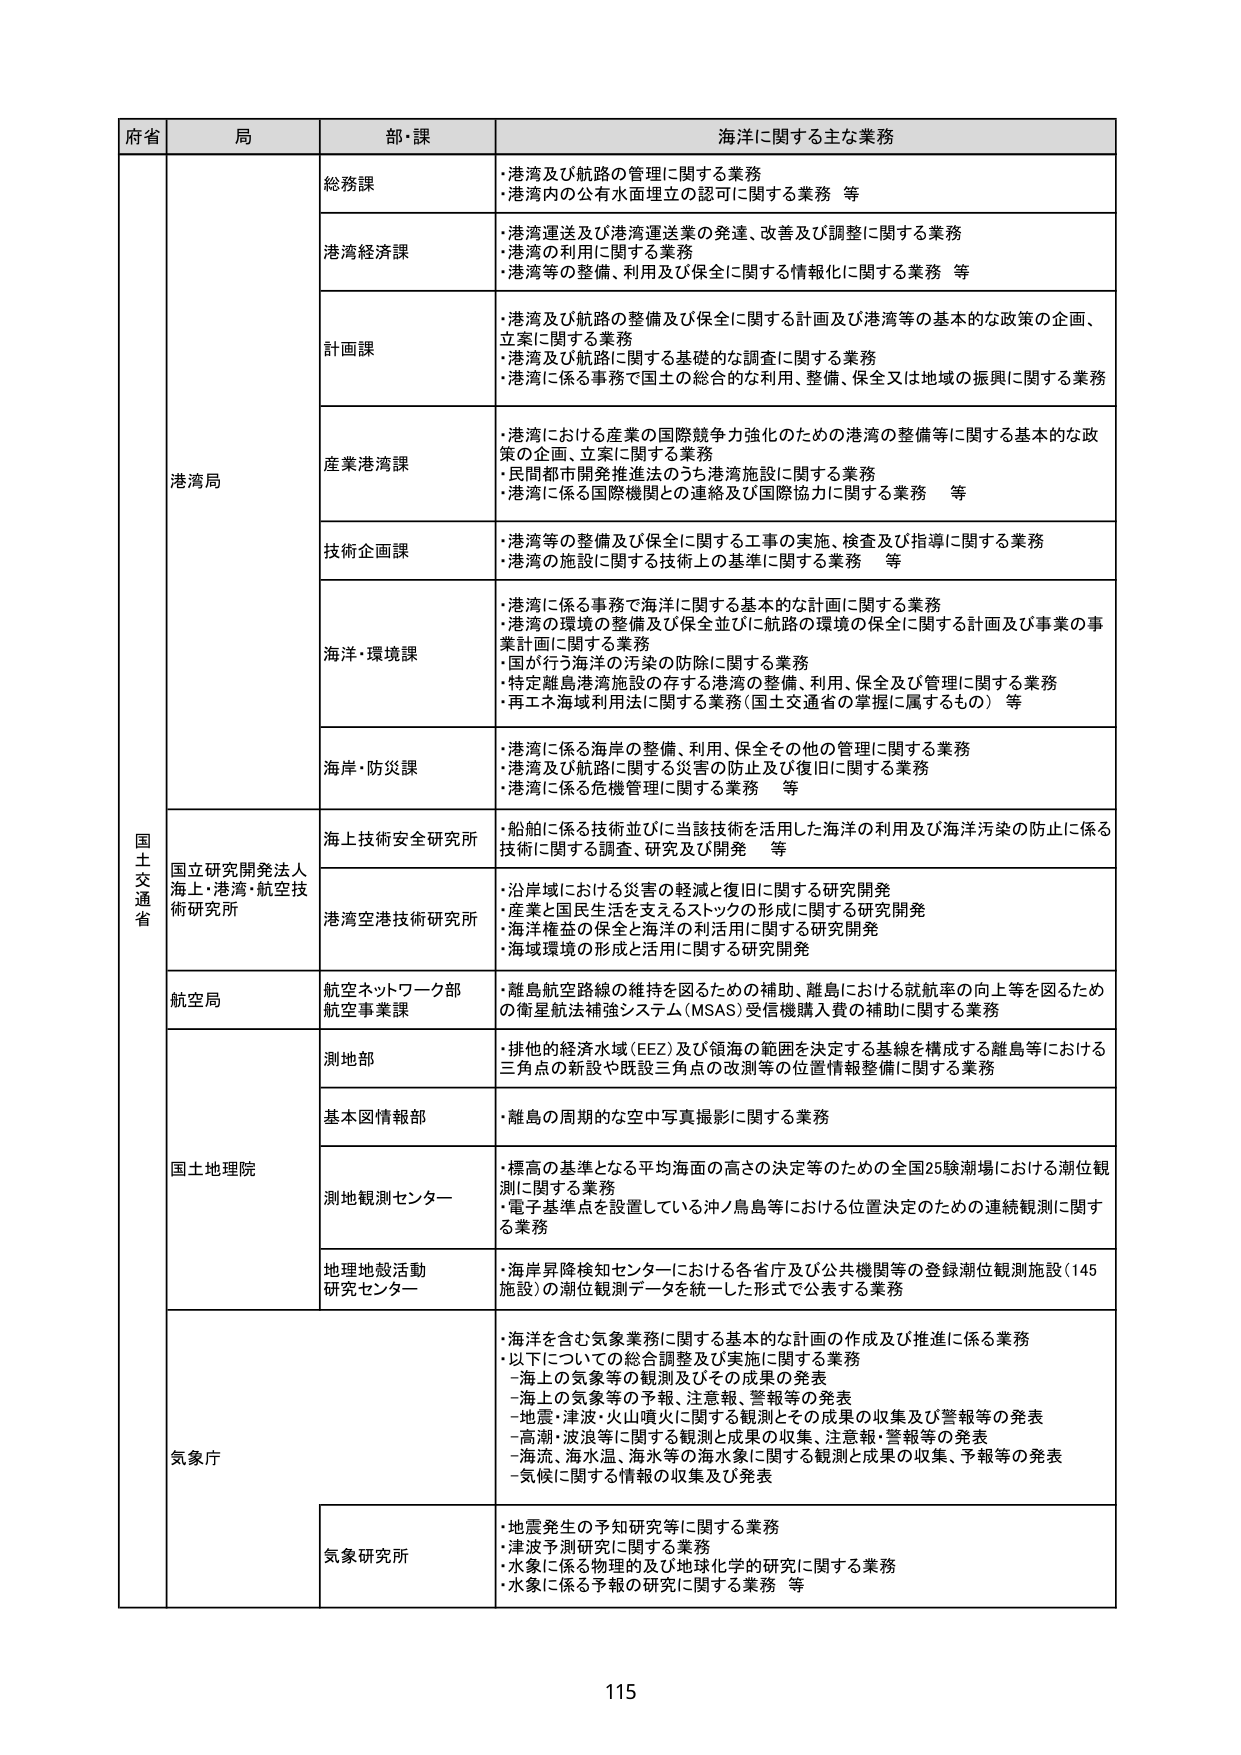
府省 局 部・課 海洋に関する主な業務
国士交通省 港湾局 総務課 ・港湾及び航路の管理に関する業務 ・港湾内の公有水面埋立の認可に関する業務 等
港湾経済課 ・港湾運送及び港湾運送業の発達、改善及び調整に関する業務 ・港湾の利用に関する業務 ・港湾等の整備、利用及び保全に関する情報化に関する業務 等
計画課 ・港湾及び航路の整備及び保全に関する計画及び港湾等の基本的な政策の企画、立案に関する業務 ・港湾及び航路に関する基礎的な調査に関する業務 ・港湾に係る事務で国土の総合的な利用、整備、保全又は地域の振興に関する業務
産業港湾課 ・港湾における産業の国際競争力強化のための港湾の整備等に関する基本的な政策の企画、立案に関する業務 ・民間都市開発推進法のうち港湾施設に関する業務 ・港湾に係る国際機関との連絡及び国際協力に関する業務 等
技術企画課 ・港湾等の整備及び保全に関する工事の実施、検査及び指導に関する業務 ・港湾の施設に関する技術上の基準に関する業務 等
海洋・環境課 ・港湾に係る事務で海洋に関する基本的な計画に関する業務 ・港湾の環境の整備及び保全並びに航路の環境の保全に関する計画及び事業の事業計画に関する業務 ・国が行う海洋の汚染の防除に関する業務 ・特定離島港湾施設の存する港湾の整備、利用、保全及び管理に関する業務 ・再エネ海域利用法に関する業務（国土交通省の掌握に属するもの） 等
海岸・防災課 ・港湾に係る海岸の整備、利用、保全その他の管理に関する業務 ・港湾及び航路に関する災害の防止及び復旧に関する業務 ・港湾に係る危機管理に関する業務 等
国立研究開発法人海上・港湾・航空技術研究所 海上技術安全研究所 ・船舶に係る技術並びに当該技術を活用した海洋の利用及び海洋汚染の防止に係る技術に関する調査、研究及び開発 等
港湾空港技術研究所 ・沿岸域における災害の軽減と復旧に関する研究開発 ・産業と国民生活を支えるストックの形成に関する研究開発 ・海洋権益の保全と海洋の利用に関する研究開発 ・海域環境の形成と活用に関する研究開発
航空局 航空ネットワーク部 航空事業課 ・離島航空路線の維持を図るための補助、離島における就航率の向上等を図るための衛星航法補強システム（MSAS）受信機購入費の補助に関する業務
国土地理院 測地部 ・排他的経済水域（EEZ）及び領海の範囲を決定する基線を構成する離島等における三角点の新設や既設三角点の改測等の位置情報整備に関する業務
基本図情報部 ・離島の周期的な空中写真撮影に関する業務
測地観測センター ・標高の基準となる平均海面の高さの決定等のための全国25験潮場における潮位観測に関する業務 ・電子基準点を設置している沖ノ鳥島等における位置決定のための連続観測に関する業務
地理地殻活動研究センター ・海岸昇降検知センターにおける各省庁及び公共機関等の登録潮位観測施設（145施設）の潮位観測データを統一した形式で公表する業務
気象庁 ・海洋を含む気象業務に関する基本的な計画の作成及び推進に係る業務 ・以下についての総合調整及び実施に関する業務 -海上の気象等の観測及びその成果の発表 -海上の気象等の予報、注意報、警報等の発表 -地震・津波・火山噴火に関する観測とその成果の収集及び警報等の発表 -高潮・波浪等に関する観測と成果の収集、注意報・警報等の発表 -海流、海水温、海水等の海水象に関する観測と成果の収集、予報等の発表 -気候に関する情報の収集及び発表
気象研究所 ・地震発生の予知研究等に関する業務 ・津波予測研究に関する業務 ・水象に係る物理的及び地球化学的研究に関する業務 ・水象に係る予報の研究に関する業務 等
115